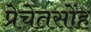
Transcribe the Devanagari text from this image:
प्रेचेतसोंह